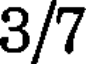
3/7